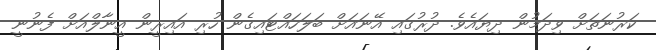
ކަރުނަތަށް ވިދަމުން ދިޔައެވެ. ދުރުގައި އޭނައަށް ބަލަހައްޓައިގެން ހުރި އައިރީން އީނާލްއަށް ފެނުނީ